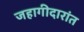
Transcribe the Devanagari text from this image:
जहागीदारांत